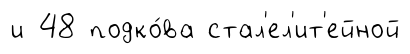
и 48 подко́ва стал'ел'ит'ейной